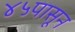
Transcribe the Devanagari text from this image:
४५पासून